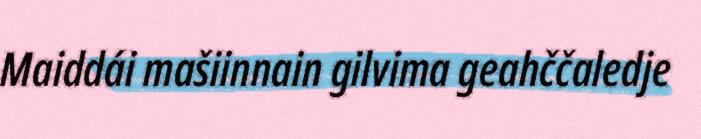
Maiddái mašiinnain gilvima geahččaledje